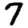
Digit: 7